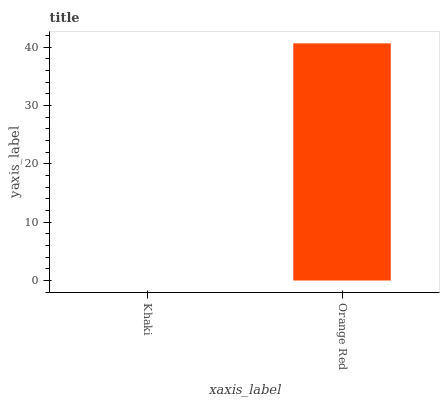
| xaxis_label | bars |
 | --- | --- |
 | Khaki | 0 |
 | Orange Red | 40.7 |